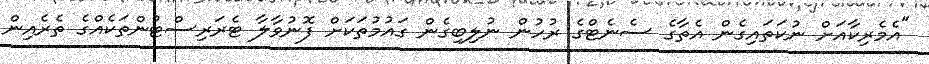
"އެމެރިކާއަށް ނުކަތައިގެން އެތާގެ ސެނެޓްގެ ރުހުން ނުލިބިގެން ގައުމުތަކަށް ފޮނުވާލާ ޓެރަރިސްޓުންތަކެއްގެ ތެރެއިން